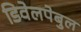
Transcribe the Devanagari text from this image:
डिवेलपेबुल